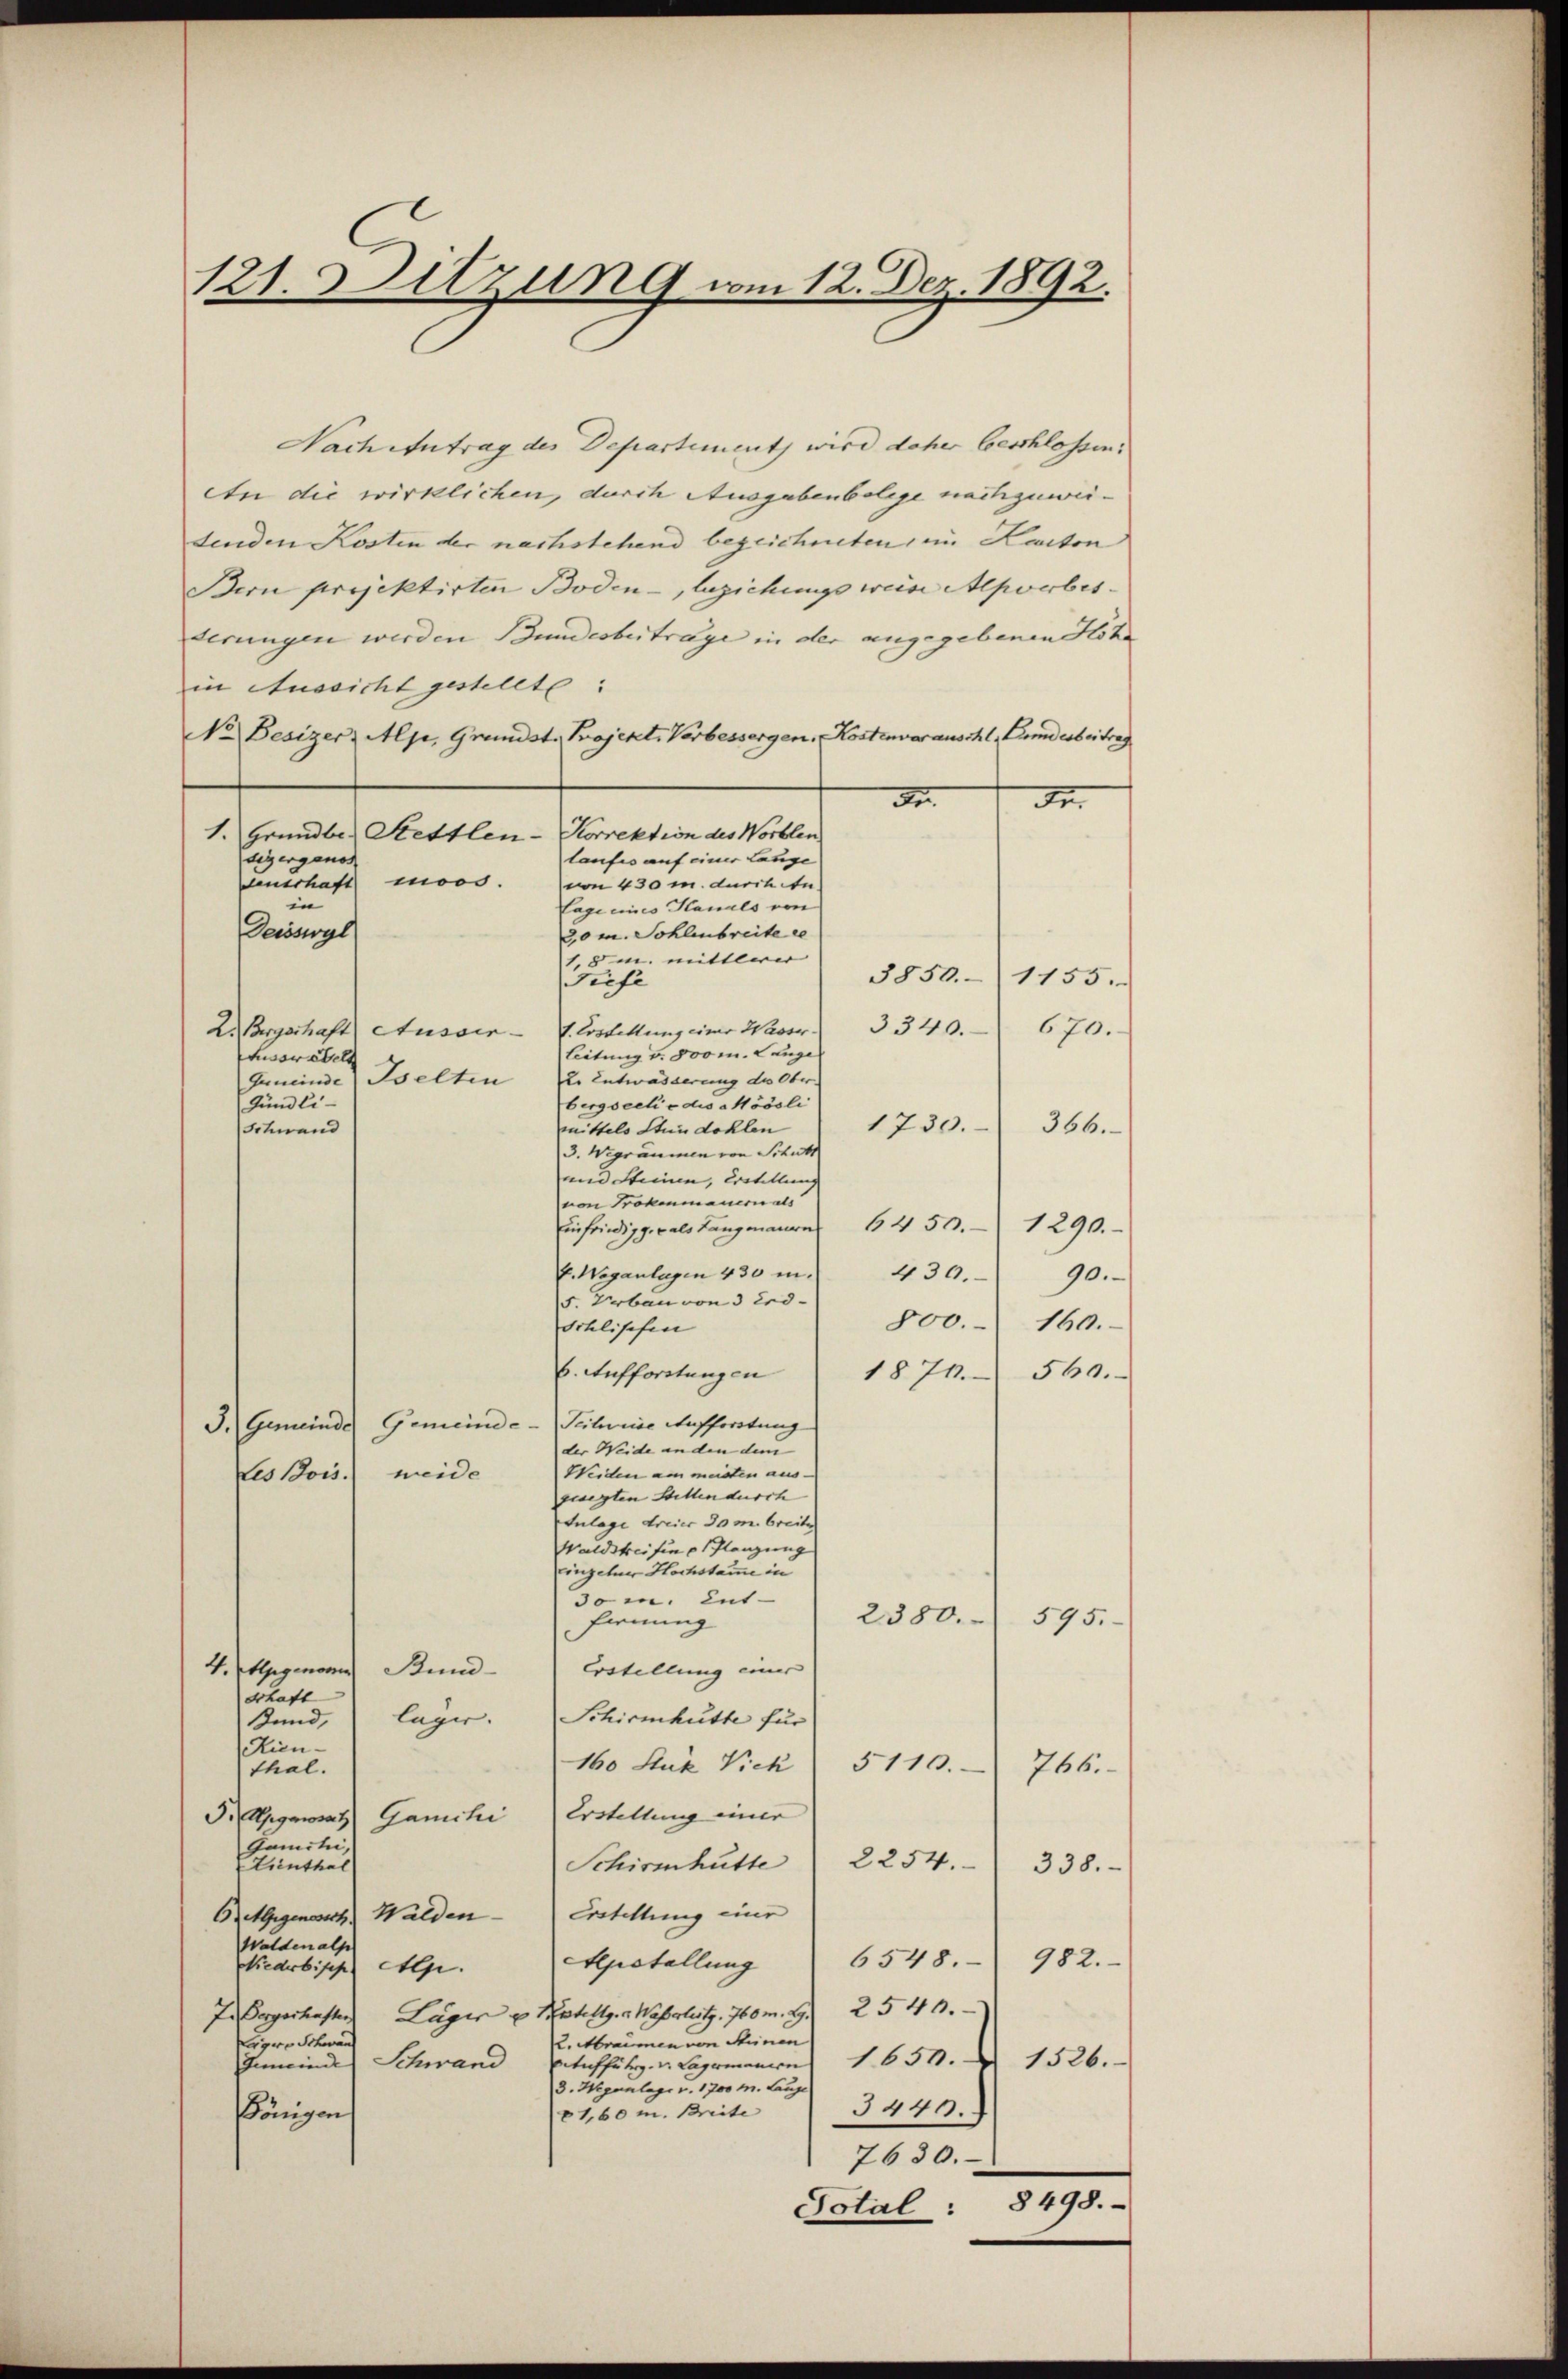
121. Sitzung vom 12. Dez. 1892.

Nach Antrag des Departement wird daher beschlossen:
An die wirklichen, durch Ausgabenbolege nachzuweidenden Kosten der nachstehend bezeichneten, im Kanton
Bern projektirten Boden-, Beziehungs wein Aporbesderungen werden Bundesbeitrage in der angegebenen Höhe
in Aussicht gestellt:
No Besizer Alpe, Grundst. Projekt. Verbessergen. Kostenvorauschl, Bundesbeitrag
Fr.
A
1. Grundbe. Stettlen-Korrektion des Worblen
laufes auf einer Lange
dig ergenos
nerhaft mors.
von 430 m. durch in
in
Lage eines Kanals von
Deisswyl
30 m. Sohlenbreite se
1,8 m. mittler |
3850. 1155.
Tiefe
3340.
670.
2. Bergschaft Ausser - 7. Erstellung einer Waserleitung v. 300 m. Lange
tvorstell
Die Entwässerung des Ober
Gemeinde selten
Gündli-
bergseelis dis Möösli
1730. 366.
mittels Stundohlen
Schwand
13. Migräumen von Schutz
und Steinen, erstellen |
von Trokenmauernats
Einfriedigg als Langmanne 64 50. 1290.
E. Weganlagen 430 in
430.
90.
5. Urban von 3 Erd¬
800. 160.
Schlischen
6. Aufforstungen
1871
560.
F. Gemeinde Gemeinde Teilweise Auffordtung
der Weide anden dem
Weiden am meisten ausweide
Les Bois.
geregten Stillen durch
Anlage freier 30 m breite
Waldstreifen u Planzung
Einzelner Hochstaune in
dom. ent- |
2380.
595.
fernung
4. Alpgenome Bund
Erstellung einer |
schaft
Schirmhütte für
lager. |
Bund,
Hien
160 Stük Vieh 5110.
thal.
766.
F. Agasaz Ganchi Erstellung einer
Gamchi,
Einthal
Schirenhütte  2254. 338.
6. Gegenosich Walden Erstellung eine
Waldenalp
6548. 982.
Alpstellung
Niederbipp Ap.
Ie Sorgerkaster Läger u Katellg. Wasserlitz. 760 m. S. 2540.
K.Abräumen von Steinen
Leger Schwan
Betuffuhr. v. Lagermanien 1650. 1526.
Gemeinde Schwand
3. Wegenlage v. 1700 M. Lange
3440.
1,60 M. Breite
Königen
7630.
Sotal: 8 498.